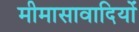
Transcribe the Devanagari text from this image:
मीमासावादियों